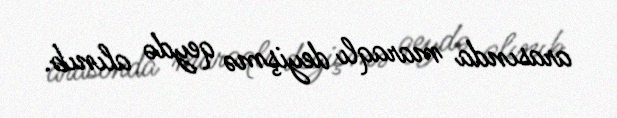
arasında maraqlı deyişmə qeydə alınıb.